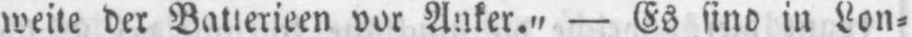
weite der Batterieen vor Anker.“ - Es sind in Lon⸗